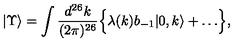
| \Upsilon \rangle = \int \frac { d ^ { 2 6 } k } { ( 2 \pi ) ^ { 2 6 } } \Bigl \{ \lambda ( k ) b _ { - 1 } | 0 , k \rangle + \ldots \Bigr \} ,